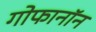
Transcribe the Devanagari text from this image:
गोफानॉन